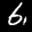
Label: 6